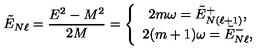
\tilde { E } _ { N \ell } = { \frac { E ^ { 2 } - M ^ { 2 } } { 2 M } } = \left\{ \begin{array} { c } { 2 m \omega = \tilde { E } _ { N ( \ell + 1 ) } ^ { + } , } \\ { 2 ( m + 1 ) \omega = \tilde { E } _ { N \ell } ^ { - } , } \\ \end{array} \right.